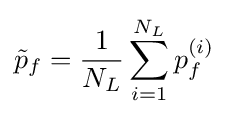
{\tilde {p}}_{f}={\frac {1}{N_{L}}}\sum _{i=1}^{N_{L}}p_{f}^{(i)}